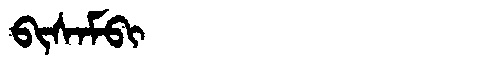
Manchu: ᠪᡳᠰᠠᠮᠪᡳ
Romanization: BISAMBI